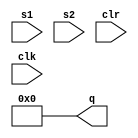
module sn74ls164(q, s1, s2, clr, clk);
input s1, s2, clr, clk;
output [7:0] q;
reg [7:0] shifter;
wire s;

parameter
	tPLH_min=8,  tPLH_typ=17, tPLH_max=27, // worst case
	tPHL_min=10, tPHL_typ=21, tPHL_max=32;

initial
begin
	shifter <= 8'bxxxxxxxx;
end

assign s = s1==1 && s2==1 ? 1 : 0;

always @(clr==0)
begin
	shifter <= 8'b0000000;
end



always @(posedge clk)
begin
	if (clr==0)
		shifter <= 0;
	else 
		shifter <= { shifter[6:0], s };
end

assign #(tPLH_min:tPLH_typ:tPLH_max, tPHL_min:tPHL_typ:tPHL_max)
	q = shifter;

endmodule